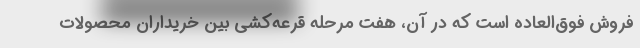
فروش فوق‌العاده است که در آن، هفت مرحله قرعه‌کشی بین خریداران محصولات